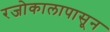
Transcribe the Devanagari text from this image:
रजोकालापासून